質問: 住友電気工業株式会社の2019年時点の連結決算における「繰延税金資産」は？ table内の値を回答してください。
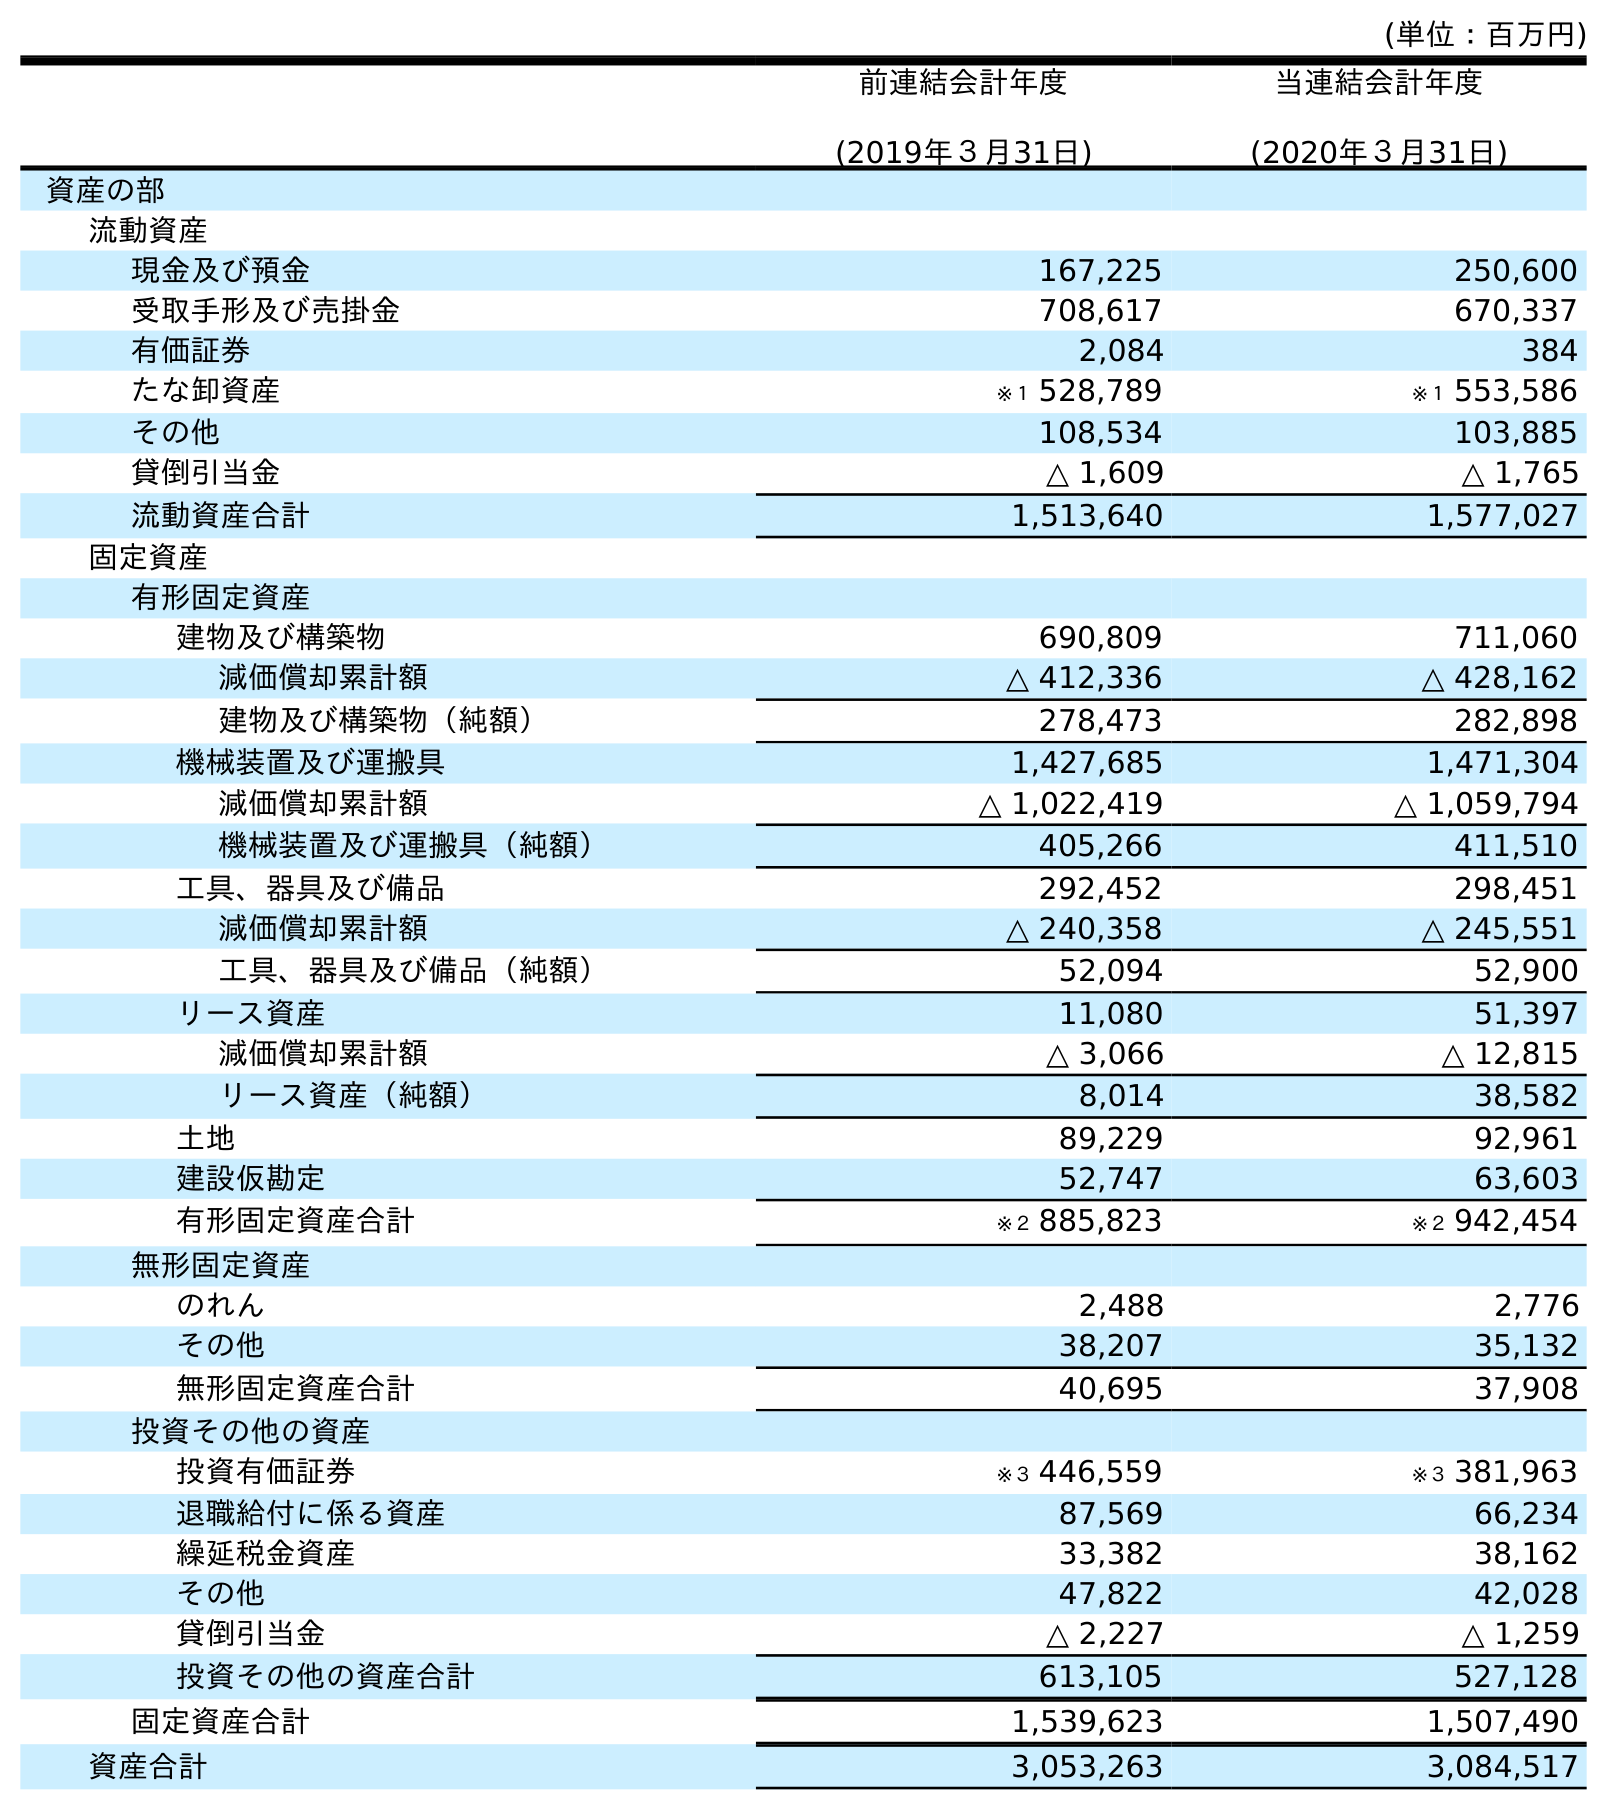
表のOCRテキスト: (単位：百万円) 前連結会計年度 (2019年３月31日) 当連結会計年度 (2020年３月31日) 資産の部 流動資産 現金及び預金 167,225 250,600 受取手形及び売掛金 708,617 670,337 有価証券 2,084 384 たな卸資産 ※１ 528,789 ※１ 553,586 その他 108,534 103,885 貸倒引当金 △ 1,609 △ 1,765 流動資産合計 1,513,640 1,577,027 固定資産 有形固定資産 建物及び構築物 690,809 711,060 減価償却累計額 △ 412,336 △ 428,162 建物及び構築物（純額） 278,473 282,898 機械装置及び運搬具 1,427,685 1,471,304 減価償却累計額 △ 1,022,419 △ 1,059,794 機械装置及び運搬具（純額） 405,266 411,510 工具、器具及び備品 292,452 298,451 減価償却累計額 △ 240,358 △ 245,551 工具、器具及び備品（純額） 52,094 52,900 リース資産 11,080 51,397 減価償却累計額 △ 3,066 △ 12,815 リース資産（純額） 8,014 38,582 土地 89,229 92,961 建設仮勘定 52,747 63,603 有形固定資産合計 ※２ 885,823 ※２ 942,454 無形固定資産 のれん 2,488 2,776 その他 38,207 35,132 無形固定資産合計 40,695 37,908 投資その他の資産 投資有価証券 ※３ 446,559 ※３ 381,963 退職給付に係る資産 87,569 66,234 繰延税金資産 33,382 38,162 その他 47,822 42,028 貸倒引当金 △ 2,227 △ 1,259 投資その他の資産合計 613,105 527,128 固定資産合計 1,539,623 1,507,490 資産合計 3,053,263 3,084,517
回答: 33,382